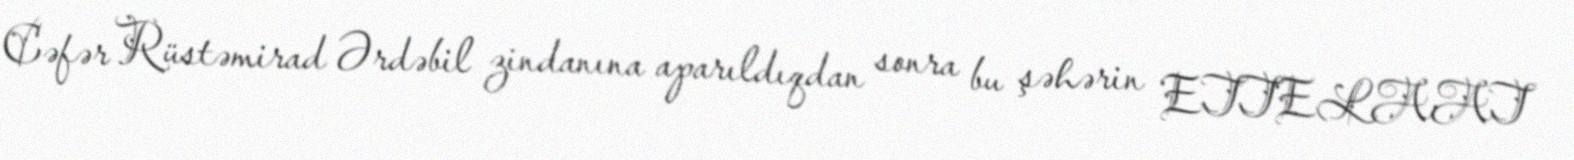
Cəfər Rüstəmirad Ərdəbil zindanına aparıldıqdan sonra bu şəhərin ETTELAAT